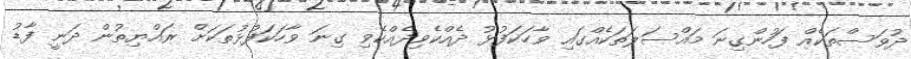
ދުވަސްތަކެއް ފަހުންގިނަ މައްސަލަތަކެއްގައި ވާހަކަފުޅު ދެއްކެވިދެއްކެވި ގިނަ ވާހަކަފުޅުތަކަށް ރައްޔިތުން ދަނީ ފާޑު